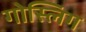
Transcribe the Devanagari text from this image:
गोस्लिग